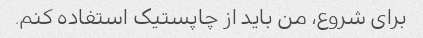
برای شروع، من باید از چاپستیک استفاده کنم.